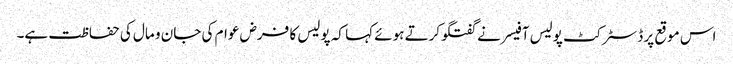
اس موقع پر ڈسٹرکٹ پولیس آفیسر نے گفتگوکرتے ہوئے کہا کہ پولیس کا فرض عوام کی جان و مال کی حفاظت ہے۔